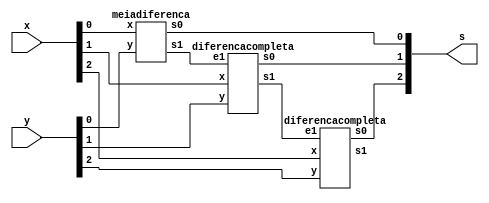
// ----------------------
// Guia 05
// Nome: Karen Alves Pereira
// -----------------------


 module diferencacompleta3bits(s, x, y);
 output [2:0] s;
 input  [2:0] x, y;
 wire c1, c2;
 
 meiadiferenca FU1(s[0],c1,x[0],y[0]); 
 diferencacompleta FU2(s[1],c2,x[1],y[1],c1);
 diferencacompleta FU3(s[2],c3,x[2],y[2],c2);
 
 endmodule
 
 
 module meiadiferenca(s0, s1, x, y);    
 output s0, s1;                         
 input x, y;                            
 
 xor XOR1(s0, x, y);                   
 and AND1(s1, ~x, y);
   
 endmodule   
 
 module diferencacompleta(s0, s1, x, y, e1);   
 output s0, s1;                                
 input x, y, e1;                                
 
 meiadiferenca FU1(s2, s3, x, y);        
 meiadiferenca FU2(s0, s4, s2, e1);      
 or OR1(s1, s3,s4);                     
 
 endmodule  
 
 // -- TESTE
  
 module test3bits;
 reg [2:0]  x,y;
 wire [2:0] s;
 integer a,b;
          
 diferencacompleta3bits DIF1 (s,x,y);
 
 initial begin    //definindo valores iniciais
      x=0; y=0;
 end
 
 initial begin  //inicio
      $display("Guia 05 - Karen Alves Pereira - 407451");
      $display("Diferenca completa de dois valores com 3 bits");
		$display("\n   A   -   B  =   S  \n");
		$monitor("  %b%b%b - %b%b%b = %b%b%b", x[2],x[1],x[0],y[2],y[1],y[0],s[2],s[1],s[0]); 
 
   for(a=0; a <= 7; a = a+1) 
  	begin
	
   for(b=0; b <= 7; b = b+1) 
  	begin
	#1 x = a; y = b;
	
 end	
 end 
 end    
 endmodule